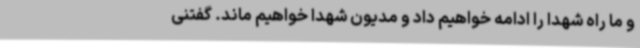
و ما راه شهدا را ادامه خواهیم داد و مدیون شهدا خواهیم ماند. گفتنی